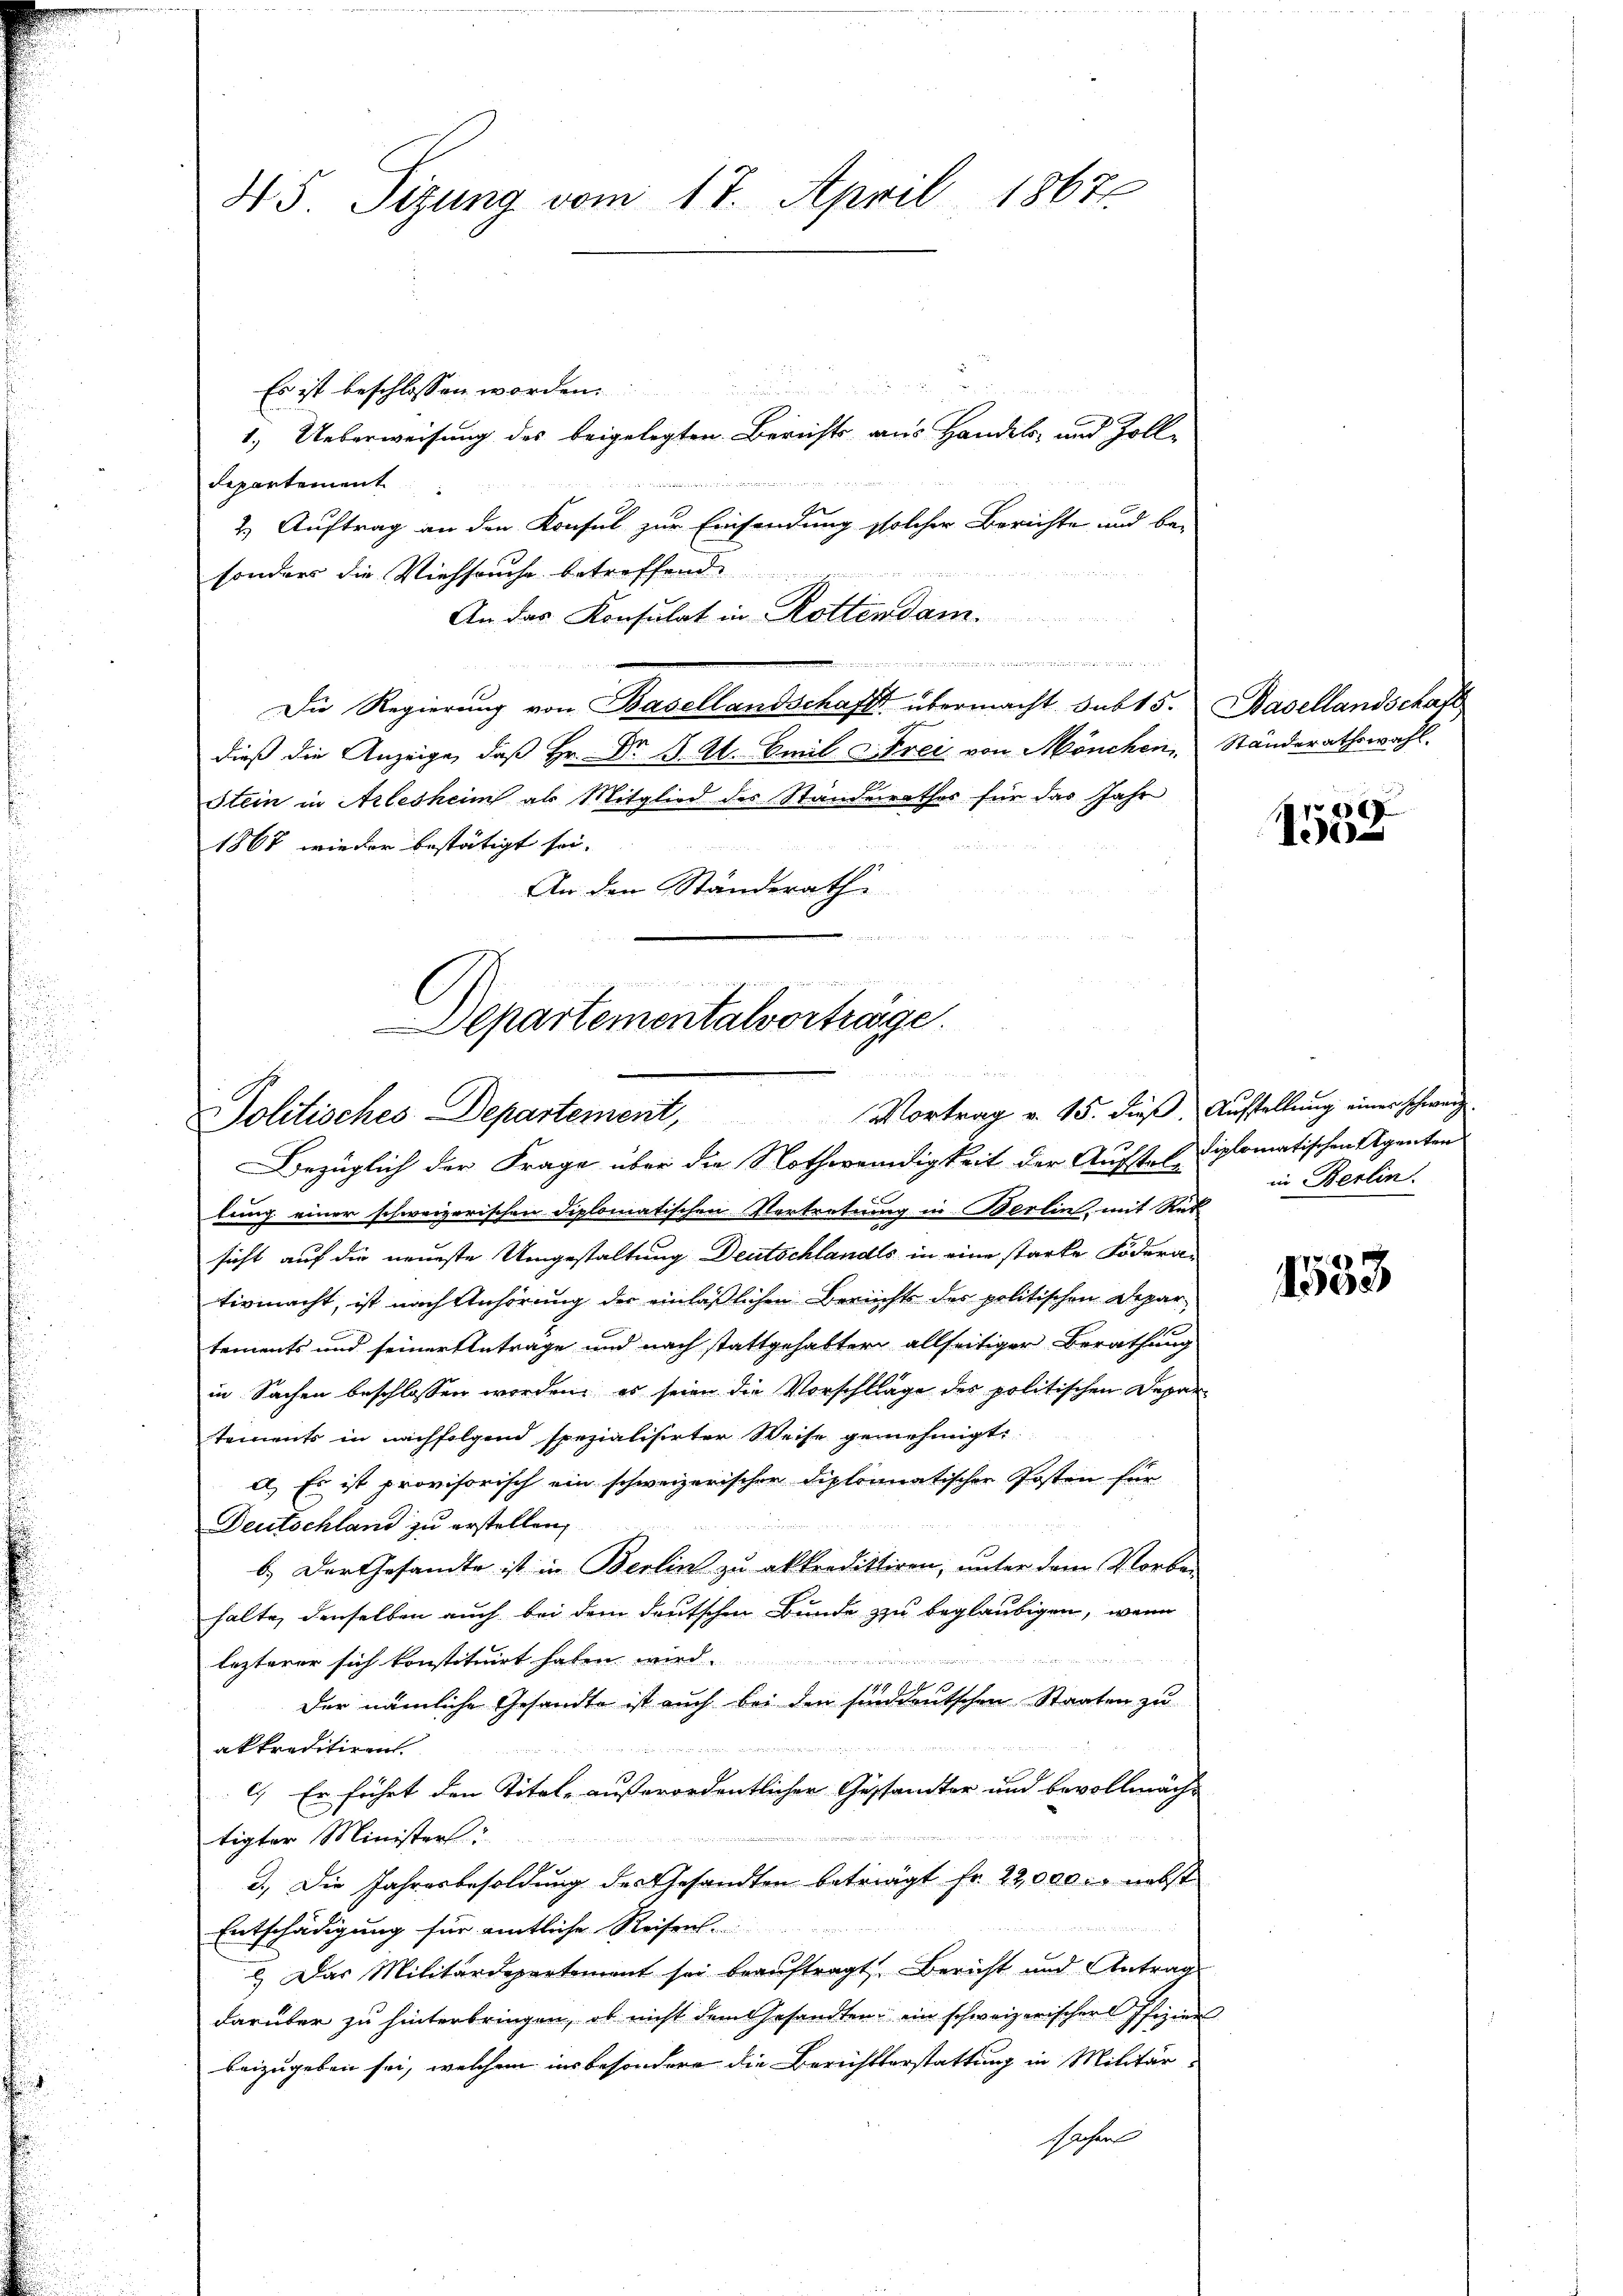
45. Sizung vom 17. April 18671.
arus u. 2
Es ist beschlossen worden.
1.) Ueberweisung des beigelegten Berichts aus Handels- und Zoll¬

departement
2.) Auftrag an den Konsul zur Einsendung solcher Berichte und be-
sonders die Viehseuche betreffend
An das Konsulat in Rottendam.

Die Regierung von Basellandschaft übermacht subt 5. Basellandschaft
dieß die Anzeige, daß Hr. Dr. J. A. Emil Frei von Mönchen Ständerathswahl,
Stein in Arlesheim als Mitglied des Standesrathes für das Jahr
1867 wieder bestätigt sei- |
An den Ständerathe
242124215 Fr. 227

elin und an die ergerade zur neuerun
Departementalvortrage.
Politisches Departement, Vortrag v. 15. dieβ. Aŭstellŭng einer schweiz

Bezüglich der Frage über die Nothwendigkeit der Aufstel diplomatischen Agenten
lung einer schweizerischen Diplomatischen Vertretung in Berlin, mit Rüc
sicht auf die neueste Umgestaltung Deutschlandts in eine starke Fodera-
tivmacht, ist nach Anhörung der einläßlichen Berichts der politischen Departements und seiner Antrage und nach stattgehabter allseitiger Berathung
in Sachen beschlossen worden, es seien die Vorschläge des politischen Depar
tements in nachfolgend spezialisirter Weise genehmigt.
A. Es ist provisorisch ein schweizerischer Diplomatischer Posten für
Deutschland zu erstellen,
b.) Der Gesandte ist in Berlin zu akkredittiren, unter dem Vorbe-
halte, denselben auch bei dem deutschen Bunde zu beglaubigen, wenn
d
lezterer sich konstituirt haben wird
der nämliche Gesandte ist auch bei den sind deutschen Staaten zu
akkreditiren.

c.) Er führt den Titel außerordentlicher Gestandter und bevollmächt
tigter Ministers
3.) Die Jahresbesoldung des Gesandten beträgt fr. 22,000. nebst
Entschädigung für amtliche Reisen.
2.) Das Militärdepartement sei beauftragt. Bericht und Antrag
darüber zu hinterbringen, ob nicht dem Gesandten ein schweizerischer Pfizierl
beizugeben sei, welchem ins besondere die Berichtserstattung in Militär-
sachen

6)
102

in Berlin.

1553